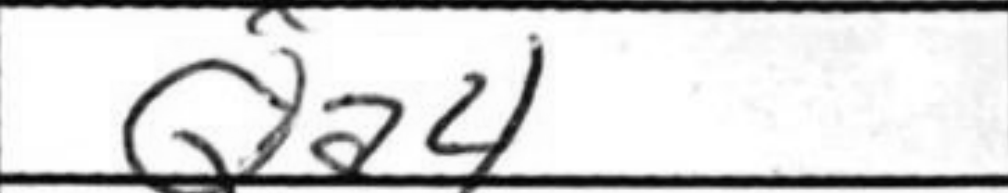
Transcription: Qa4